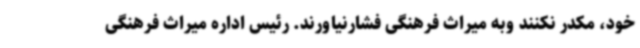
خود، مکدر نکنند وبه میراث فرهنگی فشارنیاورند. رئیس اداره میراث فرهنگی